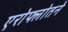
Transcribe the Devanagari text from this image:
एरोफ्लोतने